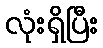
လုံးရှိပြီး